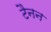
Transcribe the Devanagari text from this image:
टैनन